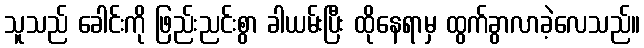
သူသည် ခေါင်းကို ဖြည်းညင်းစွာ ခါယမ်းပြီး ထိုနေရာမှ ထွက်ခွာလာခဲ့လေသည်။